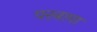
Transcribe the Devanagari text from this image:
पस्त्राना